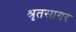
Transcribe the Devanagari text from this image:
श्रृतसागर